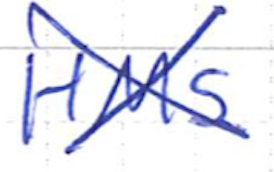
Text: HMS
Cross-out: cross
Writing tool: ballpoint